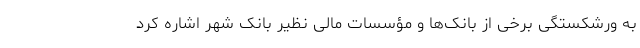
به ورشکستگی برخی از بانک‌ها و مؤسسات مالی نظیر بانک شهر اشاره کرد